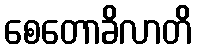
စေတောခိလာတိ